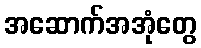
အဆောက်အအုံတွေ